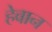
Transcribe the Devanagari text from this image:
हेवान